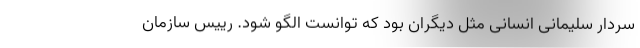
سردار سلیمانی انسانی مثل دیگران بود که توانست الگو شود. رییس سازمان